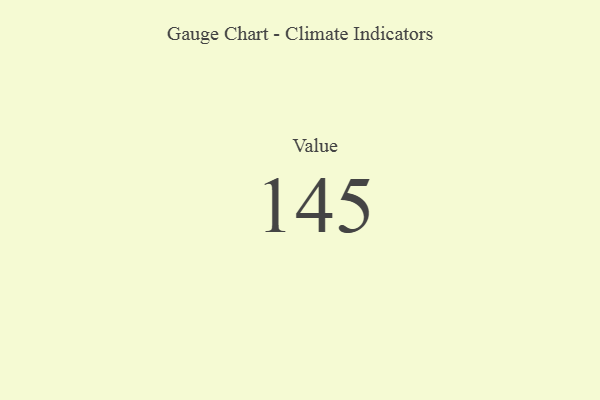
{"axis": {"x": "Metric", "y": "Value"}, "legend": [""], "data": [{"x": "Value", "y": 145, "type": ""}]}